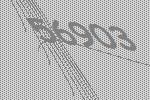
56903